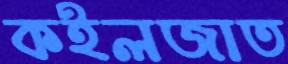
কইলজাত